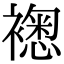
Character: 𧝮